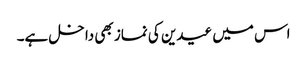
اس میں عیدین کی نماز بھی داخل ہے۔